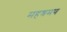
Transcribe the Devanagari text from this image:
महश्रमण